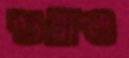
শুধ্‌রাও